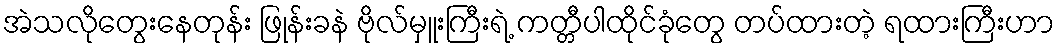
အဲသလိုတွေးနေတုန်း ဖြုန်းခနဲ ဗိုလ်မှူးကြီးရဲ့ ကတ္တီပါထိုင်ခုံတွေ တပ်ထားတဲ့ ရထားကြီးဟာ